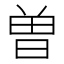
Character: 曽